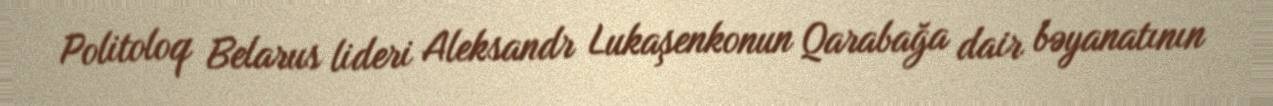
Politoloq Belarus lideri Aleksandr Lukaşenkonun Qarabağa dair bəyanatının